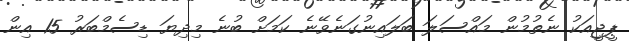
ޕީޖީއަކު ނެތުމުން މައްސަލަ ބަލައިނުގަނެވޭނެ ކަމަށް ބުނެ މިދިޔަ ޑިސެމްބަރު 15 އިން